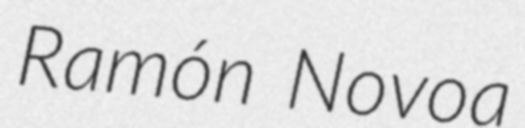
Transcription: Ramón Novoa